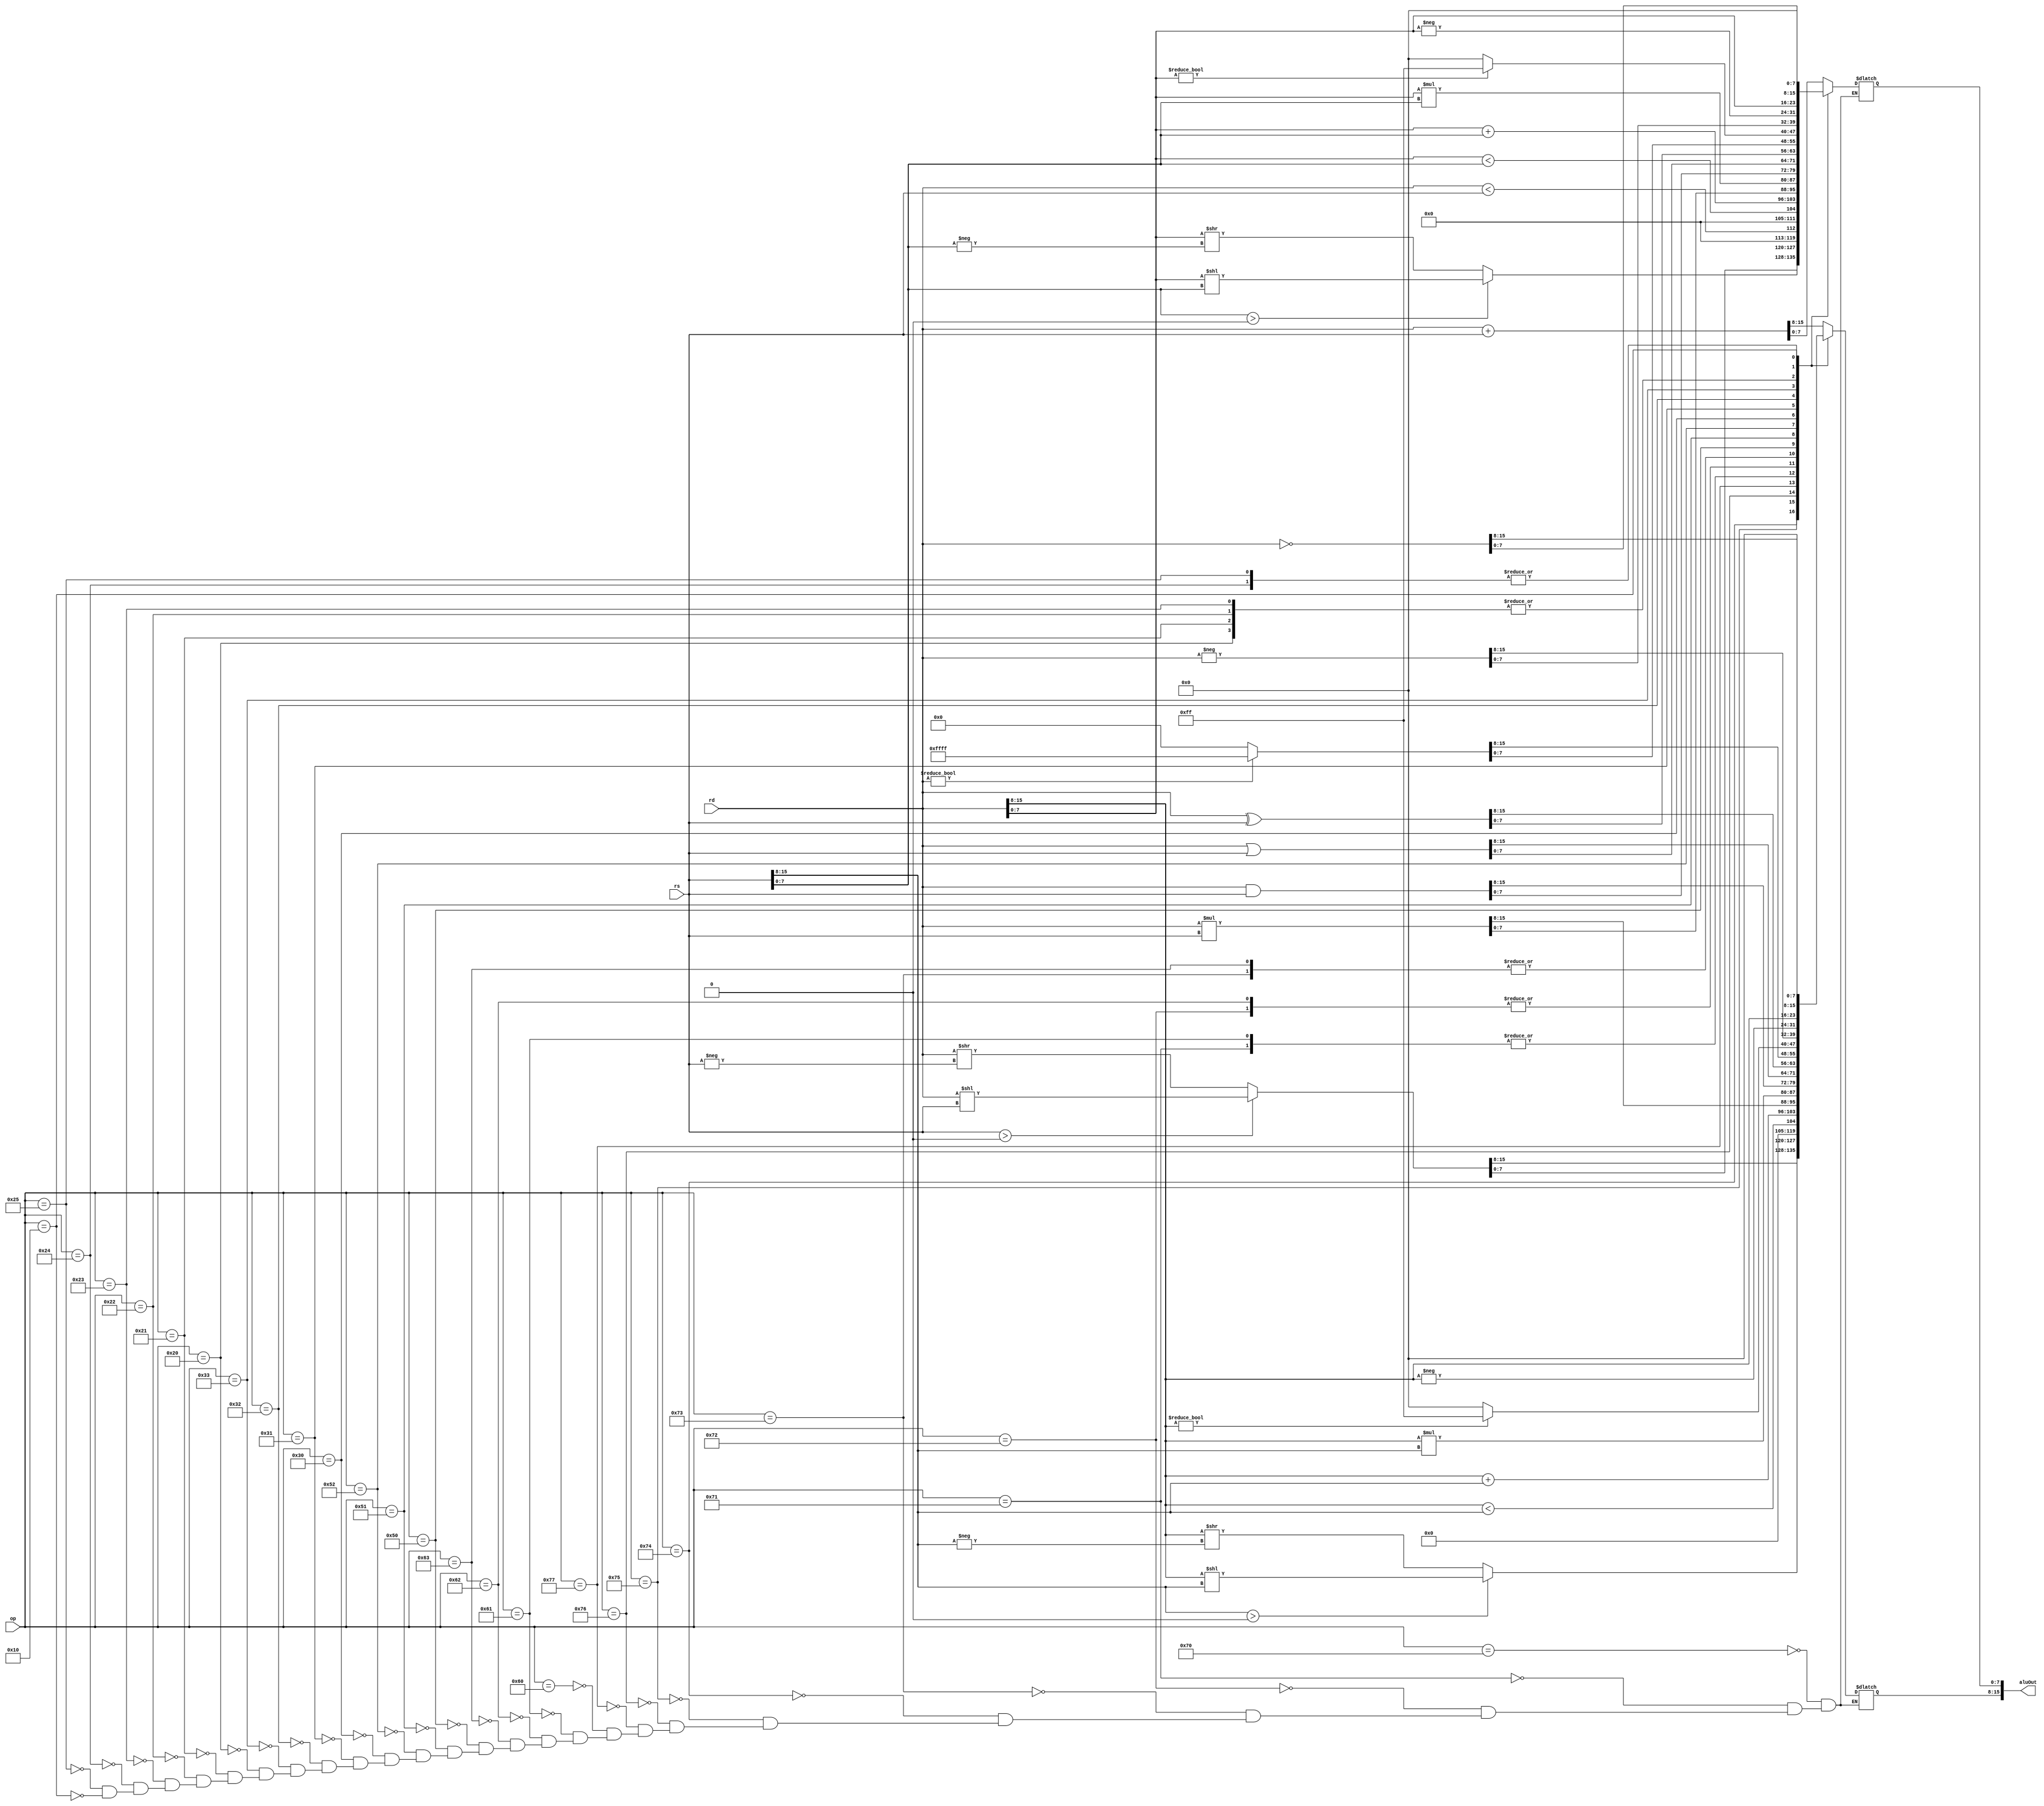
// Important State Machine States
`define Start		4'b1000
`define Decode  	4'b1001

// Basic sizes
`define OPSIZE		[7:0]
`define STATE		[3:0]
`define WORD		[15:0]
`define MEMSIZE 	[65535:0]	// Total amount of instructions in memory
`define REGSIZE 	[15:0]		// Number of Registers

//Instruction Field Placements
//NOTE: I could be wrong about these, I generated them from Dr. Deitz's assembler implementation
`define Op0		[15:12]
`define Op1		[11:8]
`define Reg0		[3:0]
`define Reg1		[7:4]
`define Imm8		[11:4]
`define HighBits	[15:8]
`define LowBits		[7:0]

//4 bit op codes
`define LdOrSt		4'b0100
`define TrapOrJr	4'b0000
`define OPci8		4'b1011
`define OPcii		4'b1100
`define OPcup		4'b1101
`define OPbz		4'b1110
`define OPbnz		4'b1111

// 8 bit op codes
`define OPtrap		8'b00000000
`define OPjr 		8'b00000001
`define OPld		8'b01000000
`define OPst		8'b01000001
`define OPnot		8'b00010000
`define OPi2p		8'b00100000
`define OPii2pp		8'b00100001
`define OPp2i		8'b00100010
`define OPpp2ii		8'b00100011
`define OPinvp		8'b00100100
`define OPinvpp		8'b00100101
`define OPanyi		8'b00110000
`define OPanyii		8'b00110001
`define OPnegi		8'b00110010
`define OPnegii		8'b00110011
`define OPand		8'b01010000
`define OPor		8'b01010001
`define OPxor		8'b01010010
`define OPaddp		8'b01100000
`define OPaddpp		8'b01100001
`define OPmulp		8'b01100010
`define OPmulpp		8'b01100011
`define OPaddi		8'b01110000
`define OPaddii		8'b01110001
`define OPmuli		8'b01110010
`define OPmulii		8'b01110011
`define OPshi		8'b01110100
`define OPshii		8'b01110101
`define OPslti		8'b01110110
`define OPsltii		8'b01110111

// TODO: complete ALU
module alu(rd, rs, op, aluOut);
	input `WORD rd;
	input wire `WORD rs;
	input wire `OPSIZE op;
	output wire `WORD aluOut;
	
	
	reg `WORD out;
	assign aluOut = out;
	
	//These are the operations 
	always @* begin 
		case (op)
			`OPaddi:  begin out = rd `WORD + rs `WORD; end
			
			`OPaddii: begin
				out `HighBits = rd `HighBits + rs `HighBits; 
				out `LowBits = rd `LowBits + rs `LowBits;
			end
			`OPmuli: begin out = rd `WORD * rs `WORD; end
			`OPmulii: begin 
				out `HighBits = rd `HighBits * rs `HighBits; 
				out `LowBits = rd `LowBits * rs `LowBits; 
			end
			`OPshi: begin out = ((rs `WORD > 0) ? (rd `WORD << rs `WORD) : (rd[15:0] >> -rs[15:0])); end
			`OPshii: begin 
				out `HighBits = ((rs `HighBits >0)?(rd `HighBits <<rs `HighBits):(rd `HighBits >>-rs `HighBits ));
				out `LowBits = ((rs `LowBits >0)?(rd `LowBits <<rs `LowBits):(rd `LowBits >>-rs `LowBits ));
			end
			`OPslti: begin out = rd `WORD < rs `WORD; end
			`OPsltii: begin 
				out `HighBits= rd `HighBits < rs `HighBits; 
				out `LowBits = rd `LowBits < rs `LowBits; 
			end
			`OPaddp: begin out = rd `WORD + rs `WORD; end
			`OPaddpp: begin 
				out `HighBits = rd `HighBits + rs `HighBits; 
				out `LowBits = rd `LowBits + rs `LowBits;
			end
			`OPmulp: begin out = rd `WORD * rs `WORD; end
			`OPmulpp: begin 
				out `HighBits = rd `HighBits * rs `HighBits; 
				out `LowBits = rd `LowBits * rs `LowBits; 
			end
			`OPand: begin out = rd & rs; end
			`OPor: begin out = rd | rs; end
			`OPxor: begin out = rd ^ rs; end
			`OPanyi: begin out = (rd ? -1: 0); end
			`OPanyii: begin 
				out `HighBits= (rd `HighBits ? -1 : 0); 
				out `LowBits = (rd `LowBits ? -1 : 0); 
			end
			`OPnegi: begin out = -rd; end
			`OPnegii: begin 
				out `HighBits = -rd `HighBits; 
				out `LowBits = -rd `LowBits; 
			end
			`OPi2p: begin out = rd; end
			`OPii2pp: begin out = rd; end
			`OPp2i: begin out = rd; end
			`OPpp2ii: begin out = rd; end
			`OPinvp: begin out = 0; end
			`OPinvpp: begin out = 0; end
			`OPnot: begin out = ~rd; end	
		endcase	
	end
endmodule

module processor(halt, reset, clk);
	//control signal definitions
	output reg halt;
	input reset, clk;
	reg `STATE s;
	reg `OPSIZE op;

	//processor component definitions
	reg `WORD text `MEMSIZE;		// instruction memory
	reg `WORD data `MEMSIZE;		// data memory
	reg `WORD pc = 0;
	reg `WORD ir;
	reg `WORD regfile `REGSIZE;		// Register File Size
	reg `WORD rd, rs;
	wire `WORD aluOut;
	alu myalu(regfile [ir `Reg0], regfile [ir `Reg1], op, aluOut);

	//processor initialization
	always @(posedge reset) begin
		halt <= 0;
		pc <= 0;
		s <= `Start;

		//The following functions read from VMEM?
		$readmemh0(text);
		$readmemh1(data);
	end

	always @(posedge clk) begin
		//State machine case
		case (s)
			`TrapOrJr: begin
				case (op)
					`OPtrap: 
						begin
							halt <= 1; 
						end
					`OPjr:
						begin
							pc <= regfile[ ir `Reg0 ];
							s <= `Start;
						end
				endcase
			 end // halts the program and saves the current instruction
			`Start: begin ir <= text[pc];  s <= `Decode; end // Fetches first instruction and moves the state to decode
			`Decode: 
				begin // TODO: Figure out how to assign state s to procede with next step.
					op <= {ir `Op0, ir `Op1};
					s  <= ir `Op0;
				end
			`LdOrSt:
				begin
					case (op)
						`OPld:
							begin
								regfile [ir `Reg0] <= data[regfile [ir `Reg1]];
								pc <= pc + 1;
								s <= `Start;
							end
						`OPst:
							begin
								data[regfile [ir `Reg1]] = regfile [ir `Reg0];
								pc <= pc + 1;
								s <= `Start;
							end
					endcase
				end
			`OPci8:
				begin
					regfile [ir `Reg0] <= ((ir `Imm8 & 8'h80) ? 16'hff00 : 0) | (ir `Imm8 & 8'hff);
					pc <= pc + 1;
					s <= `Start;
				end
			`OPcii:
				begin
					regfile [ir `Reg0] `HighBits <= ir `Imm8;
					regfile [ir `Reg0] `LowBits <= ir `Imm8;
					pc <= pc + 1;
					s <= `Start;
				end
			`OPcup:
				begin
					regfile [ir `Reg0] `HighBits <= ir `Imm8;
					pc <= pc + 1;
					s <= `Start;
				end
			`OPbz:
				begin
					if (regfile [ir `Reg0] == 0)
						pc <= pc + ir `Imm8;
					s <= `Start;
				end
			`OPbnz:
				begin
					if (regfile [ir `Reg0] != 0)
						pc <= pc + ir `Imm8;
					s <= `Start;
				end
			default: //default cases are handled by ALU
				begin
					regfile [ir `Reg0] <= aluOut;
					pc <= pc + 1;
					s <= `Start;
				end
		endcase	
	end
endmodule

module testbench;
reg reset = 0;
reg clk = 0;
wire halted;
processor PE(halted, reset, clk);
initial begin
  $dumpfile;
  $dumpvars(0, PE);
  #10 reset = 1;
  #10 reset = 0;
  while (!halted) begin
    #10 clk = 1;
    #10 clk = 0;
  end
  $finish;
end
endmodule